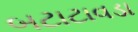
બટાટાવડા